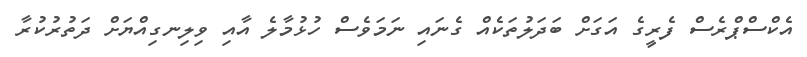
އެކްސްޕްރެސް ފެރީގެ އަގަށް ބަދަލުތަކެއް ގެނައި ނަމަވެސް ހުޅުމާލެ އާއި ވިލިނގިއްޔަށް ދަތުރުކުރާ